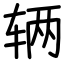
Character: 辆